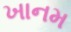
ખાનમ